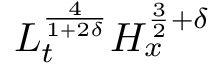
L _ { t } ^ { \frac { 4 } { 1 + 2 \delta } } H _ { x } ^ { \frac { 3 } { 2 } + \delta }